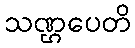
သဏ္ဌပေတိ